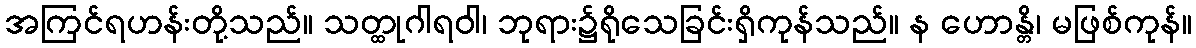
အကြင်ရဟန်းတို့သည်။ သတ္ထုဂါရဝါ၊ ဘုရား၌ရိုသေခြင်းရှိကုန်သည်။ န ဟောန္တိ၊ မဖြစ်ကုန်။